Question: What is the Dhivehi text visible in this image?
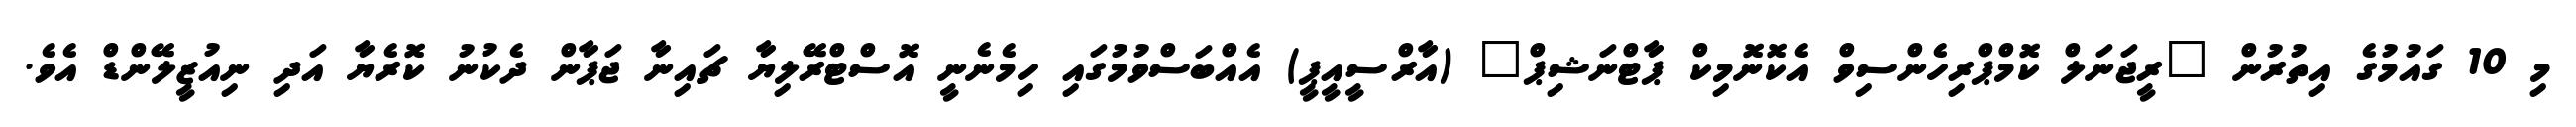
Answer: މި 10 ގައުމުގެ އިތުރުން "ރީޖަނަލް ކޮމްޕްރިހެންސިވް އެކޮނޮމިކް ޕާޓްނަޝިޕް" (އާރްސީއީޕީ) އެއްބަސްވުމުގައި ހިމެނެނީ އޮސްޓްރޭލިޔާ ޗައިނާ ޖަޕާން ދެކުނު ކޮރެޔާ އަދި ނިއުޒީލޭންޑް އެވެ.